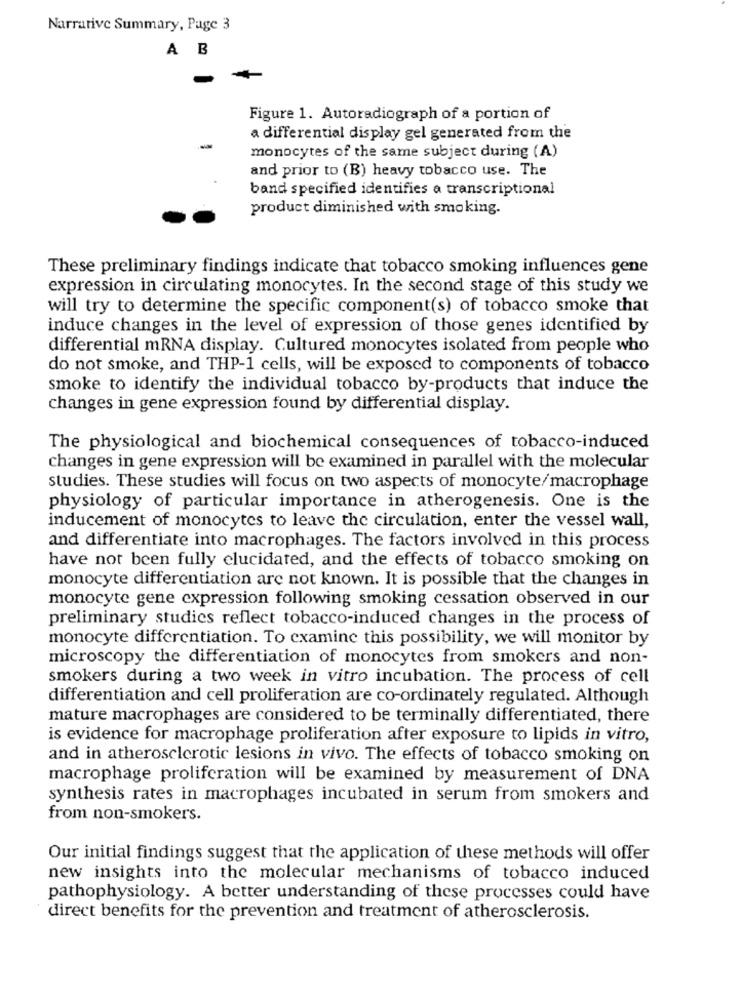
Narrative Summary, Page 3
A B
Figure 1. Autoradiograph of a portion of
a differential display gel generated from the
monocytes of the same subject during (A)
and prior to (B) heavy tobacco use. The
band specified identifies a transcriptional
product diminished with smoking.
These preliminary findings indicate that tobacco smoking influences gene
expression in circulating monocytes. In the second stage of this study we
will try to determine the specific component(s) of tobacco smoke that
induce changes in the level of expression of those genes identified by
differential mRNA display. Cultured monocytes isolated from people who
do not smoke, and THP-1 cells, will be exposed to components of tobacco
smoke to identify the individual tobacco by-products that induce the
changes in gene expression found by differential display.
The physiological and biochemical consequences of tobacco-induced
changes in gene expression will be examined in parallel with the molecular
studies. These studies will focus on two aspects of monocyte/macrophage
physiology of particular importance in atherogenesis. One is the
inducement of monocytes to leave the circulation, enter the vessel wall,
and differentiate into macrophages. The factors involved in this process
have not been fully elucidated, and the effects of tobacco smoking on
monocyte differentiation are not known. It is possible that the changes in
monocyte gene expression following smoking cessation observed in our
preliminary studies reflect tobacco-induced changes in the process of
monocyte differentiation. To examine this possibility, we will monitor by
microscopy the differentiation of monocytes from smokers and non-
smokers during a two week in vitro incubation. The process of cell
differentiation and cell proliferation are co-ordinately regulated. Although
mature macrophages are considered to be terminally differentiated, there
is evidence for macrophage proliferation after exposure to lipids in vitro,
and in atherosclerotic lesions in vivo. The effects of tobacco smoking on
macrophage proliferation will be examined by measurement of DNA
synthesis rates in macrophages incubated in serum from smokers and
from non-smokers.
Our initial findings suggest that the application of these methods will offer
new insights into the molecular mechanisms of tobacco induced
pathophysiology. A better understanding of these processes could have
direct benefits for the prevention and treatment of atherosclerosis.